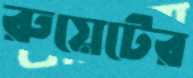
রুয়েটের